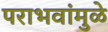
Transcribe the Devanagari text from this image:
पराभवांमुळे